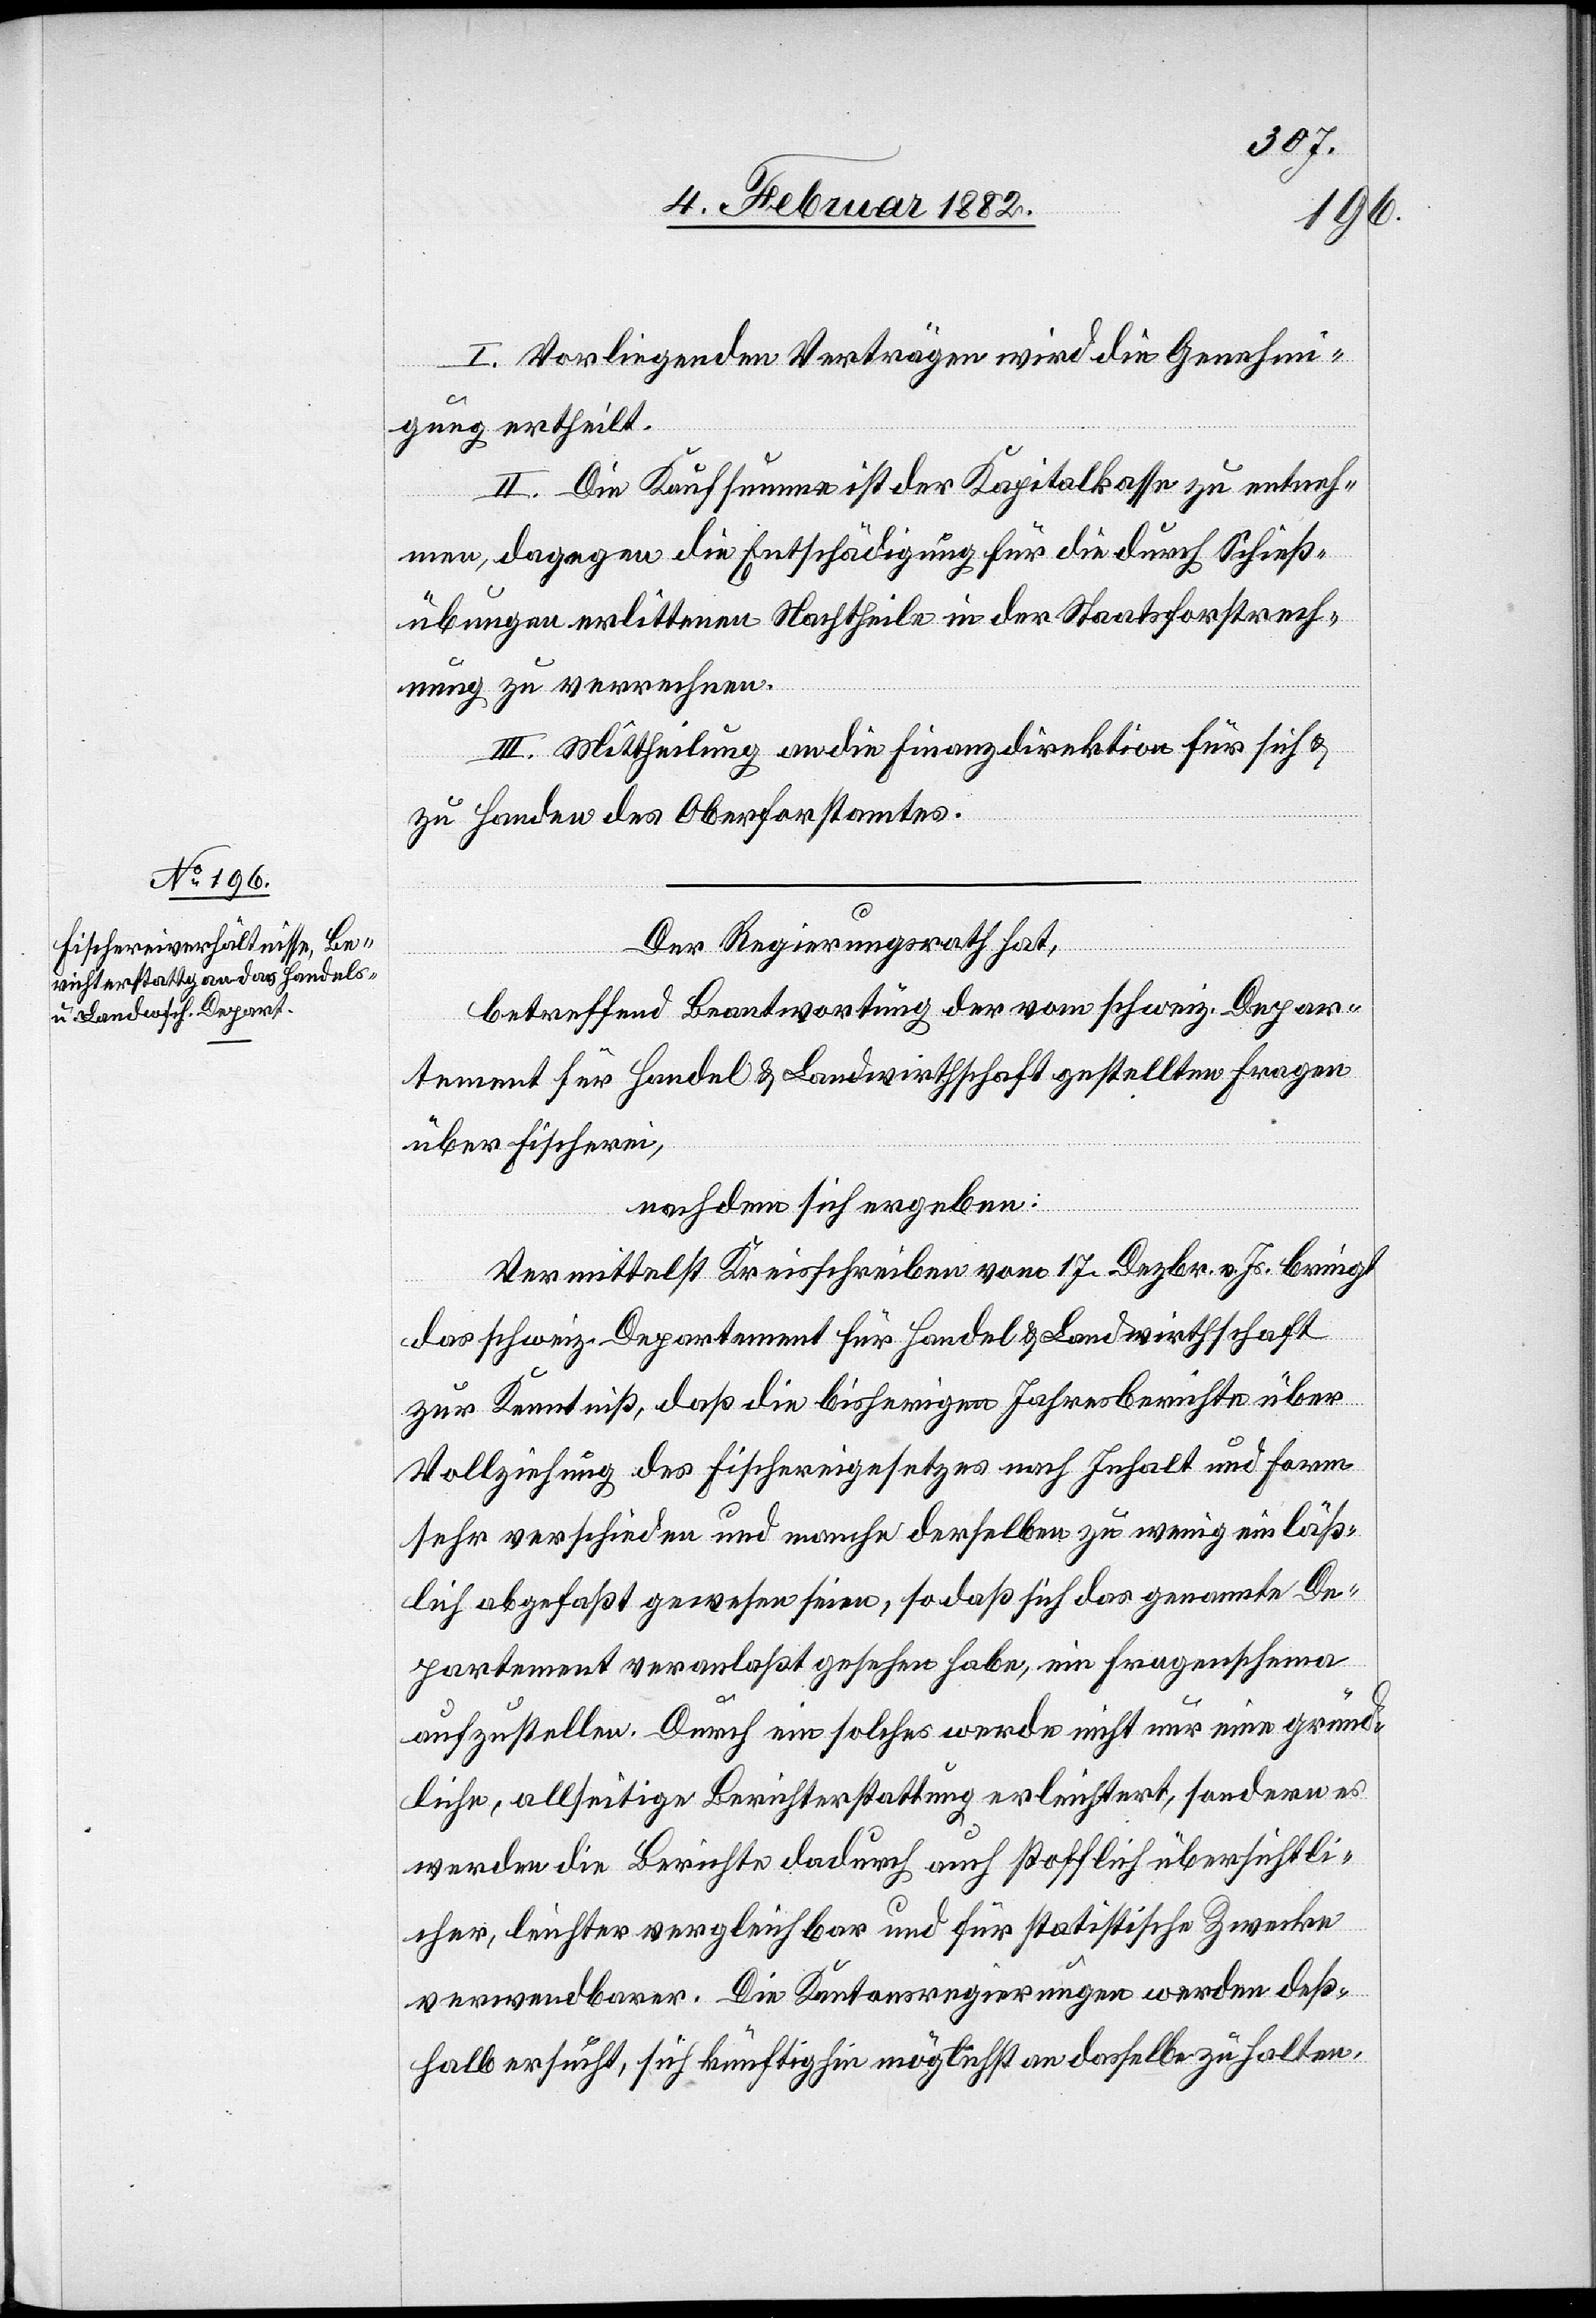
I. Vorliegenden Verträgen wird die Genehmi¬
gung ertheilt.
II. Die Kaufsumme ist der Kapitalkasse zu entneh¬
men, dagegen die Entschädigung für die durch Schieß¬
übungen erlittenen Nachtheile in der Staatsforstrech¬
nung zu verrechnen.
III. Mittheilung an die Finanzdirektion für sich &
zu Handen des Oberforstamtes.
Der Regierungsrath hat,
betreffend Beantwortung der vom schweiz. Depar¬
tement für Handel & Landwirthschaft gestellten Fragen
über Fischerei,
nachdem sich ergeben:
Vermittelst Kreisschreiben vom 17. Dezbr. v. Js. bringt
das schweiz. Departement für Handel & Landwirthschaft
zur Kenntniß, daß die bisherigen Jahresberichte über
Vollziehung des Fischereigesetzes nach Inhalt und Form
sehr verschieden und manche derselben zu wenig einläß¬
lich abgefaßt gewesen seien, so daß sich das genannte De¬
partement veranlaßt gesehen habe, ein Frageschema
aufzustellen. Durch ein solches werde nicht nur eine gründ¬
liche, allseitige Berichterstattung erleichtert, sondern es
werden die Berichte dadurch auch stofflich übersichtli¬
cher, leichter vergleichbar und für statistische Zwecke
verwendbar. Die Kantonsregierungen werden deß¬
halb ersucht, sich künftig hin möglichst an dasselbe zu halten.